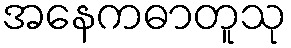
အနေကဓာတူသု